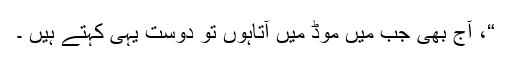
“، آج بھی جب میں موڈ میں آتاہوں تو دوست یہی کہتے ہیں ۔